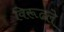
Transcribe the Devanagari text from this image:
विरूढले